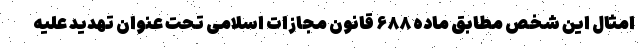
امثال این شخص مطابق ماده ۶۸۸ قانون مجازات اسلامی تحت عنوان تهدید علیه